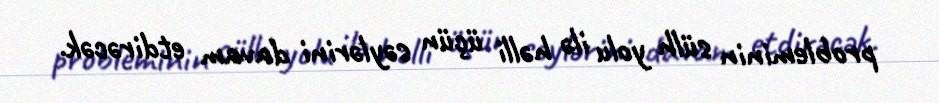
probleminin sülh yolu ilə həlli üçün səylərini davam etdirəcək.